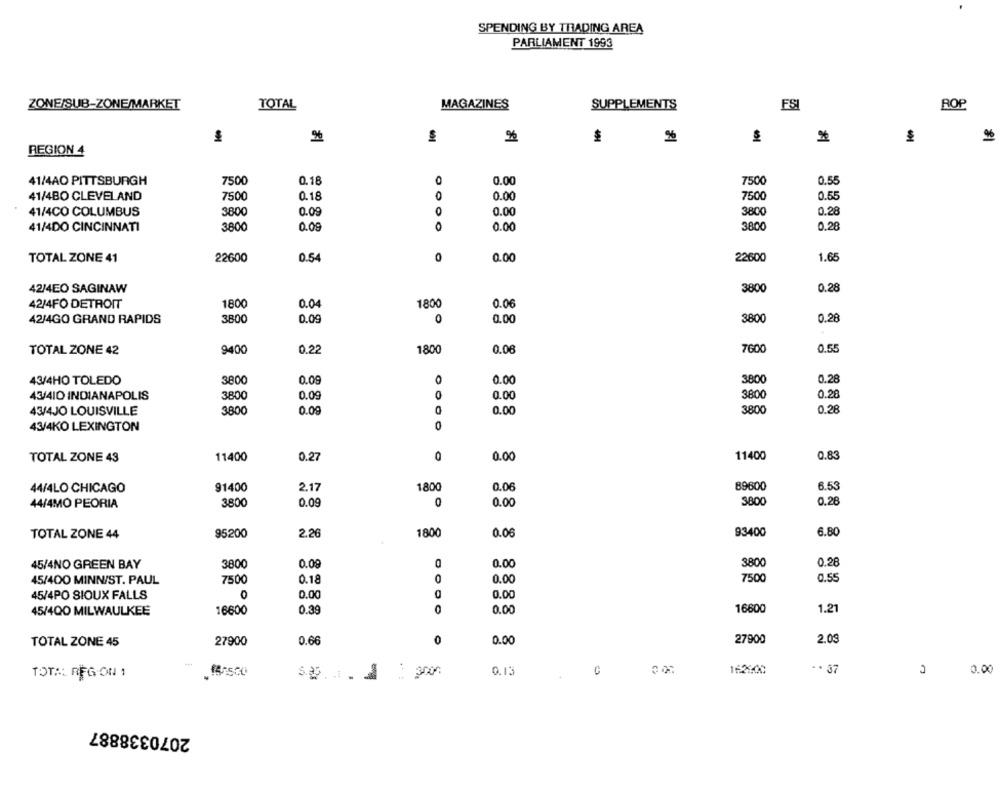
SPENDING BY TRADING AREA
PARLIAMENT 1993
ZONE/SUB-ZONE/MARKET
TOTAL
MAGAZINES
SUPPLEMENTS
FS
ROP
9%
%
%
$
%
REGION 4
41/4AO PITTSBURGH
7500
0.18
0
0.00
7500
0.55
41/4BO CLEVELAND
7500
0.18
0
0.00
7500
0.55
41/4CO COLUMBUS
3800
0.09
0
0.00
3800
0.28
41/4DO CINCINNATI
3800
0.09
0
0.00
3800
0.28
TOTAL ZONE 41
22600
0.54
0
0.00
22600
1.65
42/4EO SAGINAW
3800
0.28
42/4FO DETROIT
1800
0.04
1800
0.00
42/4GO GRAND RAPIDS
3800
0
0.00
3800
0.28
7600
0.55
TOTAL ZONE 42
9400
0.2
1800
0.0
43/4HO TOLEDO
3800
0.09
0
0.00
3800
0.28
43/410 INDIANAPOLIS
3800
0.09
0
0.00
3800
0.28
43/4JO LOUISVILLE
3800
0.09
0.00
3800
0.28
43/4KO LEXINGTON
0
TOTAL ZONE 43
11400
0.27
0
0.00
11400
0.83
44/4LO CHICAGO
91400
2.17
1800
0.06
89600
6.53
44/4MO PEORIA
3800
0.09
0.00
3800
0.28
TOTAL ZONE 44
95200
2.26
1800
0.00
93400
6.80
0.09
3800
0.28
45/4NO GREEN BAY
3800
0
0.00
7500
0.55
45/400 MINN/ST. PAUL
7500
0.18
0
0.00
0
0.00
45/4PO SIOUX FALLS
0.00
16600
0.39
0
0.00
16600
1.21
45/400 MILWAULKEE
TOTAL ZONE 45
27900
0.66
0
0.00
27900
2.09
$500
0. 13
1621:00
.. 37
0.00
TOTAL REG ON 1
5.29 .. 1
2070338887